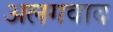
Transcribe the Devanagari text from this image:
अलगवाद